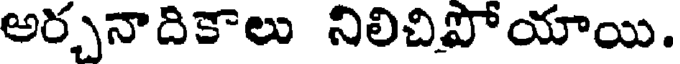
అర్చనాదికాలు నిలిచిపోయాయి.